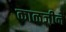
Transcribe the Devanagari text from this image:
काळजीने